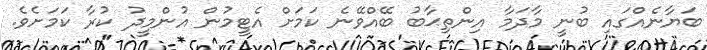
ބަޔާނެއްގައި ބުނީ މާދަމާ އިންތިޙާބު ބޭއްވޭނެ ކަމަށް އެޓީމުން އުންމީދު ކުރާ ކަމަށެވެ.